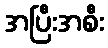
အပြီးအစီး